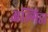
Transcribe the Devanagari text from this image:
अल्मिडा